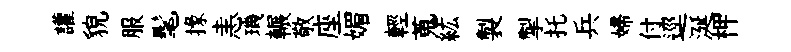
讙貌服髦掾恚璣輾敬座媚輕蒐紘製掣托兵婦付逕涎柙